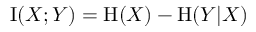
\operatorname { I } ( X ; Y ) = \operatorname { H } ( X ) - \operatorname { H } ( Y | X )